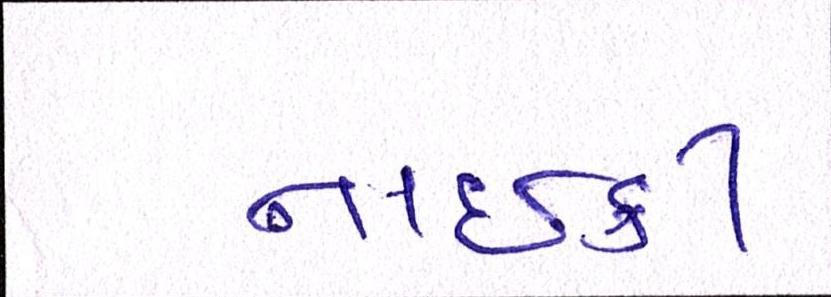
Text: નાઇકી